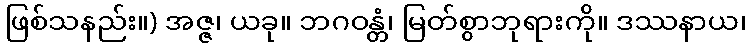
ဖြစ်သနည်း။) အဇ္ဇ၊ ယခု။ ဘဂဝန္တံ၊ မြတ်စွာဘုရားကို။ ဒဿနာယ၊